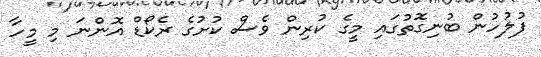
ފުލުހުން ބުނިގޮތުގައި މީގެ ކުރިން ވެސް ކުށުގެ ރެކޯޑް އޮންނަ މި މީހާ